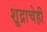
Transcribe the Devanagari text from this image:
शूद्राचेही